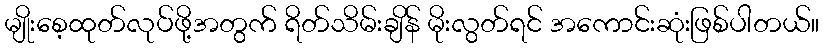
မျိုးစေ့ထုတ်လုပ်ဖို့အတွက် ရိတ်သိမ်းချိန် မိုးလွတ်ရင် အကောင်းဆုံးဖြစ်ပါတယ်။